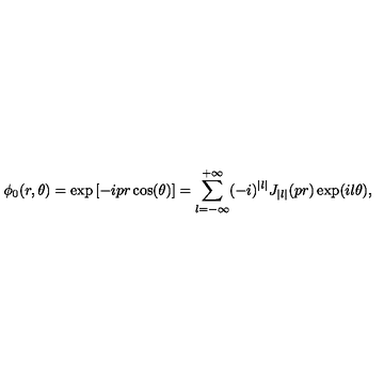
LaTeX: \phi _ { 0 } ( r , \theta ) = \exp \left[ - i p r \cos ( \theta ) \right] = \sum _ { l = - \infty } ^ { + \infty } ( - i ) ^ { | l | } J _ { | l | } ( p r ) \exp ( i l \theta ) ,